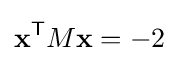
\mathbf {x} ^{\mathsf {T}}M\mathbf {x} =-2